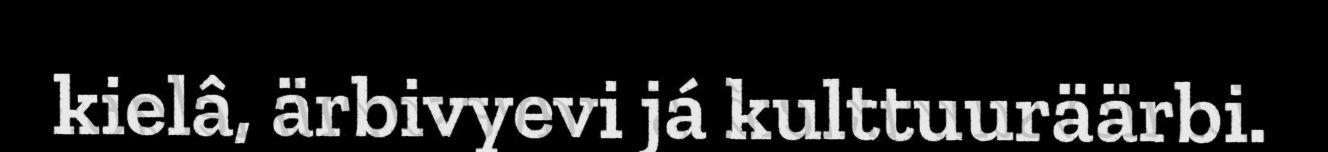
kielâ, ärbivyevi já kulttuuräärbi.